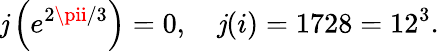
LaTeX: \mathit{j}\left(e^{2\pii/3}\right)=0,\quad\mathit{j}(i)=1728=12^{3}.